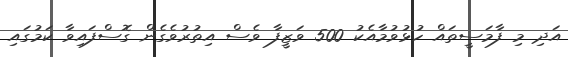
އަދި މި ފާމަސީތައް ހުޅުވުމާއެކު 500 ވަޒީފާ ވެސް އިތުރުވެގެން ގޮސްފައިވާ ކަމުގައި